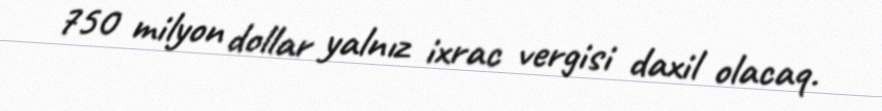
750 milyon dollar yalnız ixrac vergisi daxil olacaq.